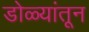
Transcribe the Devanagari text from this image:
डोळ्यांतून